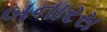
બનારસ